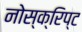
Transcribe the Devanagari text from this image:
नोस्क्रिप्ट